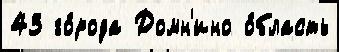
43 го́рода Домн'ино о́бласть